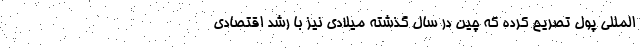
‌المللی پول تصریح کرده که چین در سال گذشته میلادی نیز با رشد اقتصادی